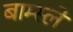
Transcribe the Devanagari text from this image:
बाम्स्ले